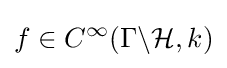
f\in C^{\infty }(\Gamma \backslash {\mathcal {H}},k)